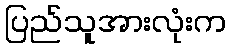
ပြည်သူအားလုံးက